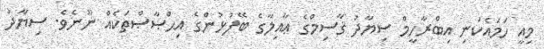
މިއީ ހަމައެކަނި އިބްރާހީމް ސިޔާދު ޤާސިމްގެ ޢާއިލާގެ ބޭފުޅުންގެ އިޙްޞާޞްތަކެއް ނޫނެވެ. ސިޔާދު